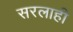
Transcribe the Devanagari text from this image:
सरलाही